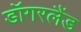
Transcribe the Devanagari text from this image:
डॉगरलैंड